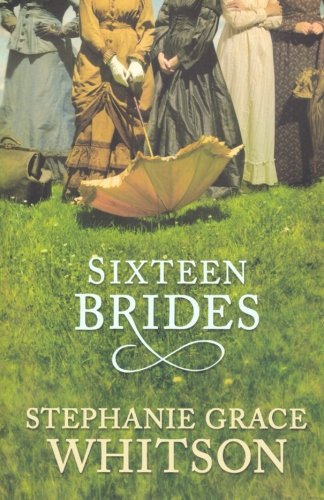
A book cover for Sixteen Brides; Stephanie Grace Whitson; Religion & Spirituality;